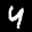
Label: 4